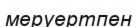
меруертпен